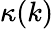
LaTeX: \kappa(k)